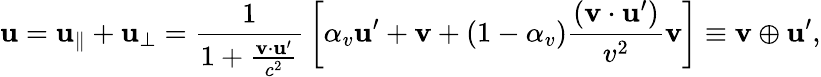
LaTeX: \mathbf{u}=\mathbf{u}_{\parallel}+\mathbf{u}_{\perp}={\frac{1}{1+{\frac{\mathbf{v}\cdot\mathbf{u}^{\prime}}{c^{2}}}}}\left[\alpha_{v}\mathbf{u}^{\prime}+\mathbf{v}+(1-\alpha_{v}){\frac{(\mathbf{v}\cdot\mathbf{u}^{\prime})}{v^{2}}}\mathbf{v}\right]\equiv\mathbf{v}\oplus\mathbf{u}^{\prime},